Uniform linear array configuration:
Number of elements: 16
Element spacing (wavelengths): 0.25
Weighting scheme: hamming
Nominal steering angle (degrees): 15
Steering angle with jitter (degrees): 13.619
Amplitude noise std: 0.05
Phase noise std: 0.05

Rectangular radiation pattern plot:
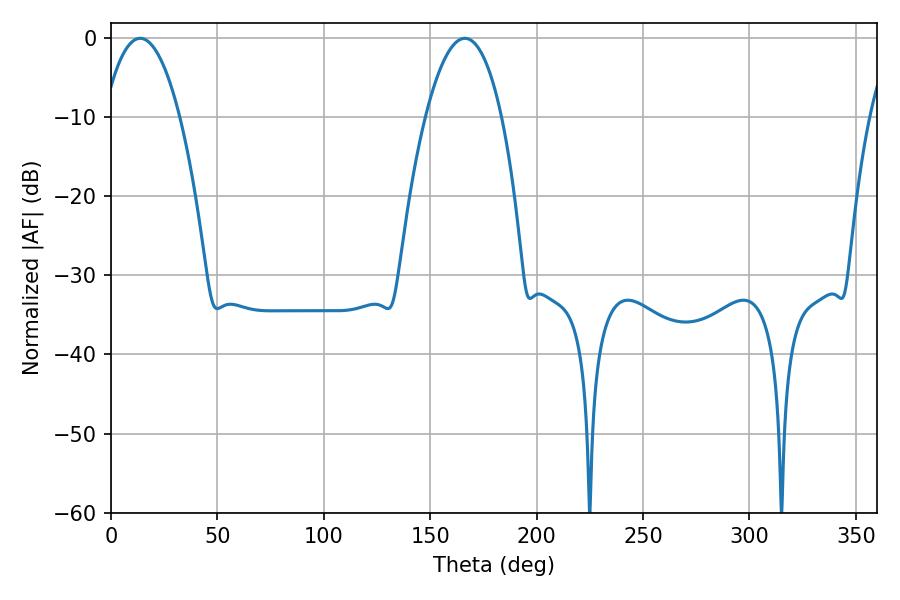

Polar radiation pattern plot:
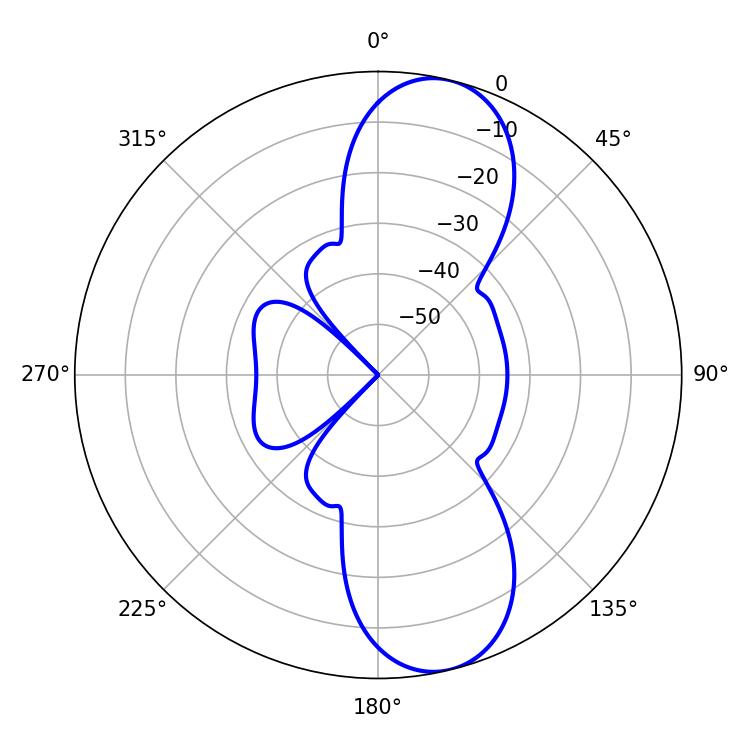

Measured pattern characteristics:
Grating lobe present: FALSE
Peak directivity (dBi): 10.499
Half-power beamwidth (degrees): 19.8
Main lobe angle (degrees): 13.68